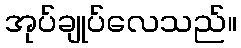
အုပ်ချုပ်လေသည်။